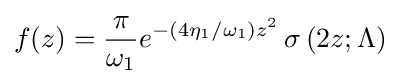
f(z)={\frac {\pi }{\omega _{1}}}e^{-(4\eta _{1}/\omega _{1})z^{2}}\operatorname {\sigma } {(2z;\Lambda )}